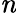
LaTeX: \mathit{n}